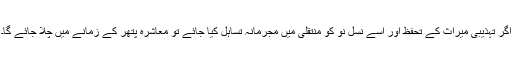
اگر تہذیبی میراث کے تحفظ اور اسے نسل نو کو منتقلی میں مجرمانہ تساہل کیا جائے تو معاشرہ پتھر کے زمانے میں چلا جائے گا۔